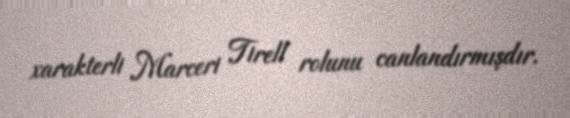
xarakterli Marceri Tirell rolunu canlandırmışdır.